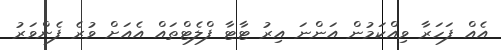
އެއް ފަހަރާ ވިއްކަމުން އަންނަ އިރު ޓާޓާ ފްލެޓްތައް އެއަށް ވުރެ ފެންވަރު